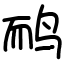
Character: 鸸